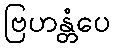
ဗြဟန္တံပေ